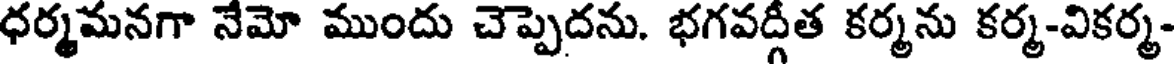
ధర్మమనగా నేమో ముందు చెప్పెదను. భగవద్గీత కర్మను కర్మ-వికర్మ-